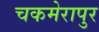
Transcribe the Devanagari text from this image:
चकमेरापुर